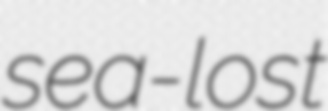
sea-lost